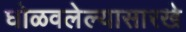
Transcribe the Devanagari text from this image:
घोळवलेल्यासारखे